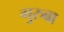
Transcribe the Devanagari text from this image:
गुरुबा